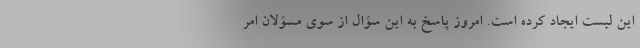
این لیست ایجاد کرده است. امروز پاسخ به این سؤال از سوی مسؤلان امر